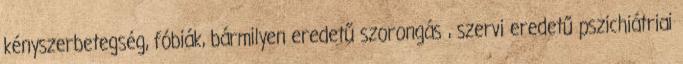
kényszerbetegség, fóbiák, bármilyen eredetű szorongás , szervi eredetű pszichiátriai